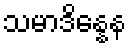
သမာဒိန္နေန